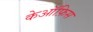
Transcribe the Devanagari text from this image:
केऑफ़िस